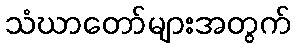
သံဃာတော်များအတွက်